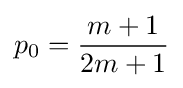
p_{0}={\frac {m+1}{2m+1}}